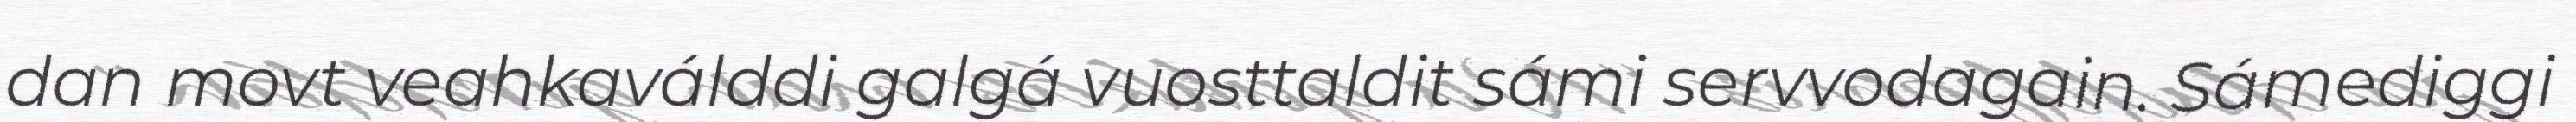
dan movt veahkaválddi galgá vuosttaldit sámi servvodagain. Sámediggi